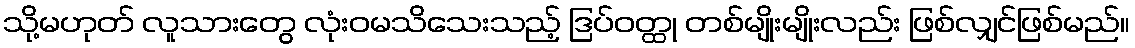
သို့မဟုတ် လူသားတွေ လုံးဝမသိသေးသည့် ဒြပ်ဝတ္ထု တစ်မျိုးမျိုးလည်း ဖြစ်လျှင်ဖြစ်မည်။